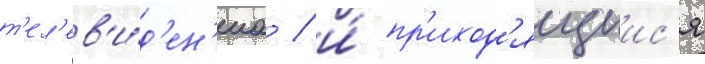
т'ел'ев'и́д'ен'иа / и́ пр'иход'ящиис'я